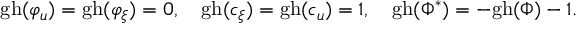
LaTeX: \mathrm { g h } ( \varphi _ { u } ) = \mathrm { g h } ( \varphi _ { \xi } ) = 0 , \quad \mathrm { g h } ( c _ { \xi } ) = \mathrm { g h } ( c _ { u } ) = 1 , \quad \mathrm { g h } ( \Phi ^ { * } ) = - \mathrm { g h } ( \Phi ) - 1 .